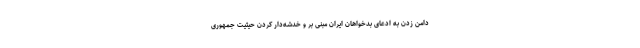
دامن زدن به ادعای بدخواهان ایران مبنی بر و خدشه‌دار کردن حیثیت جمهوری